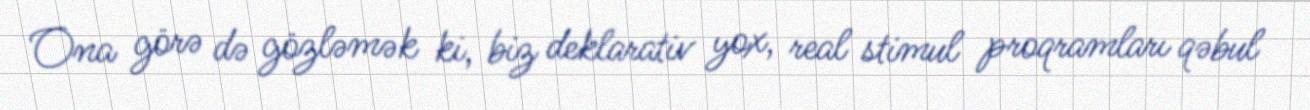
Ona görə də gözləmək ki, biz deklarativ yox, real stimul proqramları qəbul